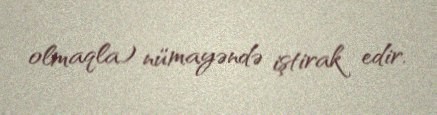
olmaqla) nümayəndə iştirak edir.